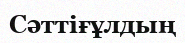
Сәттіғұлдың